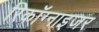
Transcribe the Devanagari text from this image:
रिकॉग्नाइजर